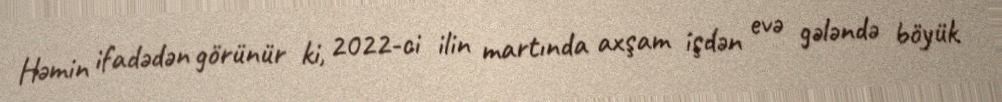
Həmin ifadədən görünür ki, 2022-ci ilin martında axşam işdən evə gələndə böyük